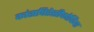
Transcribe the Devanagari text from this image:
कांसपिरेसीफोबिया